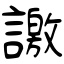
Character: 譤